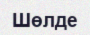
Шөлде